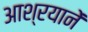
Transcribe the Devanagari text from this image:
आश्रयानें